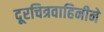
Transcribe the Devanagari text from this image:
दूरचित्रवाहिनीने